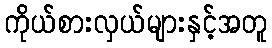
ကိုယ်စားလှယ်များနှင့်အတူ